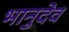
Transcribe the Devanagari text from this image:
भानुदेव